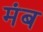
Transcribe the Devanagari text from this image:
मंब